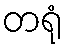
တရုံ